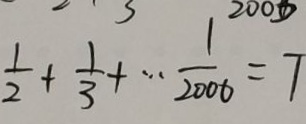
\frac { 1 } { 2 } + \frac { 1 } { 3 } + \cdots \frac { 1 } { 2 0 0 6 } = T